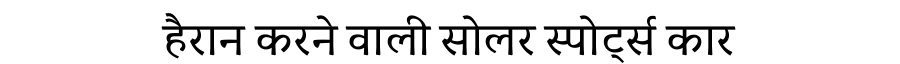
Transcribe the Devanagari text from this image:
हैरान करने वाली सोलर स्पोर्ट्स कार